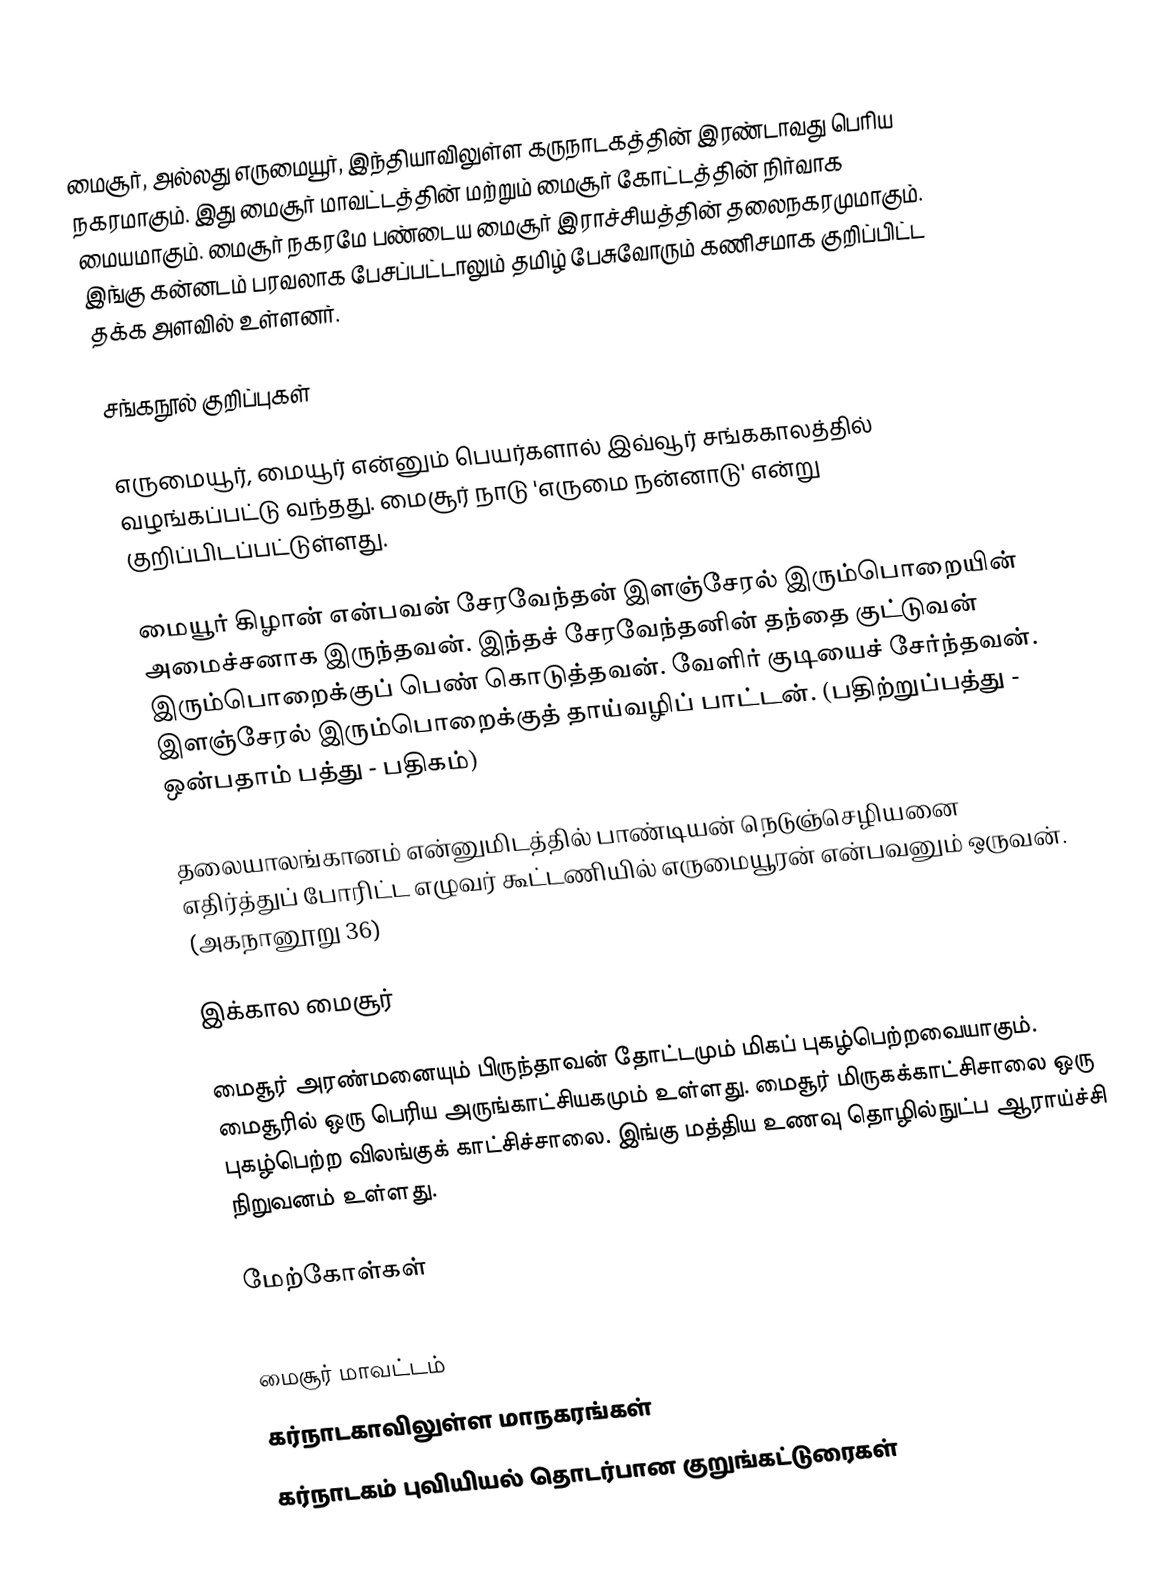
மைசூர், அல்லது எருமையூர், இந்தியாவிலுள்ள கருநாடகத்தின் இரண்டாவது பெரிய நகரமாகும். இது மைசூர் மாவட்டத்தின் மற்றும் மைசூர் கோட்டத்தின் நிர்வாக மையமாகும். மைசூர் நகரமே பண்டைய மைசூர் இராச்சியத்தின் தலைநகரமுமாகும். இங்கு கன்னடம் பரவலாக பேசப்பட்டாலும் தமிழ் பேசுவோரும் கணிசமாக குறிப்பிட்ட தக்க அளவில் உள்ளனர்.

சங்கநூல் குறிப்புகள்

எருமையூர், மையூர் என்னும் பெயர்களால் இவ்வூர் சங்ககாலத்தில் வழங்கப்பட்டு வந்தது. மைசூர் நாடு 'எருமை நன்னாடு' என்று குறிப்பிடப்பட்டுள்ளது.

மையூர் கிழான் என்பவன் சேரவேந்தன் இளஞ்சேரல் இரும்பொறையின் அமைச்சனாக இருந்தவன். இந்தச் சேரவேந்தனின் தந்தை குட்டுவன் இரும்பொறைக்குப் பெண் கொடுத்தவன். வேளிர் குடியைச் சேர்ந்தவன். இளஞ்சேரல் இரும்பொறைக்குத் தாய்வழிப் பாட்டன். (பதிற்றுப்பத்து - ஒன்பதாம் பத்து - பதிகம்)

தலையாலங்கானம் என்னுமிடத்தில் பாண்டியன் நெடுஞ்செழியனை எதிர்த்துப் போரிட்ட எழுவர் கூட்டணியில் எருமையூரன் என்பவனும் ஒருவன். (அகநானூறு 36)

இக்கால மைசூர்

மைசூர் அரண்மனையும் பிருந்தாவன் தோட்டமும் மிகப் புகழ்பெற்றவையாகும். மைசூரில் ஒரு பெரிய அருங்காட்சியகமும் உள்ளது. மைசூர் மிருகக்காட்சிசாலை ஒரு புகழ்பெற்ற விலங்குக் காட்சிச்சாலை. இங்கு மத்திய உணவு தொழில்நுட்ப ஆராய்ச்சி நிறுவனம் உள்ளது.

மேற்கோள்கள்

மைசூர் மாவட்டம்
கர்நாடகாவிலுள்ள மாநகரங்கள்
கர்நாடகம் புவியியல் தொடர்பான குறுங்கட்டுரைகள்